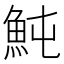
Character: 魨